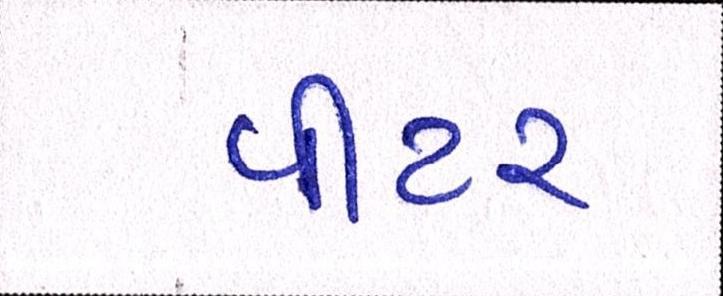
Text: પીટર